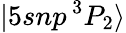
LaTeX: |5snp\, ^{3}P_{2}\rangle